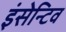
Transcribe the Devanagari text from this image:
इंसेन्टिव